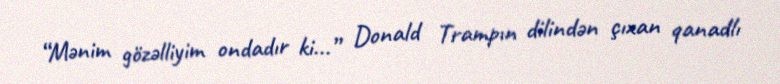
“Mənim gözəlliyim ondadır ki...” Donald Trampın dilindən çıxan qanadlı